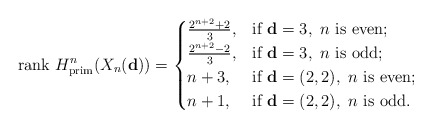
\begin{align*}\mathrm{rank}\ H_{\mathrm{prim}}^n(X_n(\mathbf{d}))=\begin{cases}\frac{2^{n+2}+2}{3},& \mbox{if}\ \mathbf{d}=3,\ n\ \mbox{is even};\\\frac{2^{n+2}-2}{3},& \mbox{if}\ \mathbf{d}=3,\ n\ \mbox{is odd};\\n+3,& \mbox{if}\ \mathbf{d}=(2,2),\ n\ \mbox{is even};\\n+1,& \mbox{if}\ \mathbf{d}=(2,2),\ n\ \mbox{is odd}.\end{cases}\end{align*}